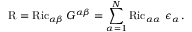
\operatorname { R } = \operatorname { R i c } _ { \alpha \beta } G ^ { \alpha \beta } = \sum _ { \alpha = 1 } ^ { N } \operatorname { R i c } _ { \alpha \alpha } \, \epsilon _ { \alpha } \, .